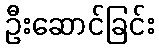
ဦးဆောင်ခြင်း